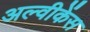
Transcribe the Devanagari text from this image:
अल्वीकेंस